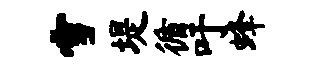
雪堤循吁蜂